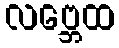
လဗ္ဘေထ